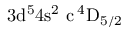
\mathrm { 3 d ^ { 5 } 4 s ^ { 2 } \ c \, ^ { 4 } D _ { 5 / 2 } }